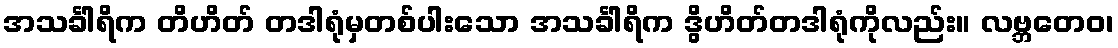
အသင်္ခါရိက တိဟိတ် တဒါရုံမှတစ်ပါးသော အသင်္ခါရိက ဒွိဟိတ်တဒါရုံကိုလည်း။ လဗ္ဘတေဝ၊